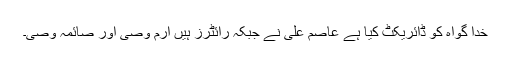
خدا گواہ کو ڈائریکٹ کیا ہے عاصم علی نے جبکہ رائٹرز ہیں ارم وصی اور صائمہ وصی۔